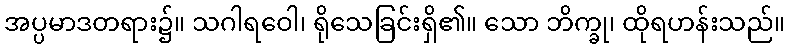
အပ္ပမာဒတရား၌။ သဂါရဝေါ၊ ရိုသေခြင်းရှိ၏။ သော ဘိက္ခု၊ ထိုရဟန်းသည်။